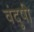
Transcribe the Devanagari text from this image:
वंदुषी